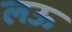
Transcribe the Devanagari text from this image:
लऊ